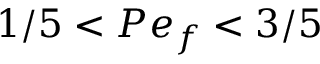
1 / 5 < P e _ { f } < 3 / 5